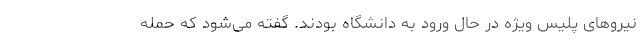
نیروهای پلیس ویژه در حال ورود به دانشگاه بودند. گفته می‌شود که حمله